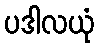
ပဒါလယုံ